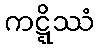
ကဋ္ဋိဿံ